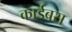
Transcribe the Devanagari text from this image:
कार्डबस